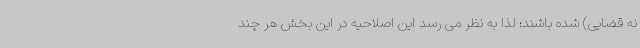
نه قضایی) شده باشند؛ لذا به نظر می رسد این اصلاحیه در این بخش هر چند